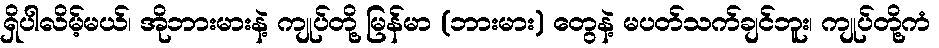
ရှိပါလိမ့်မယ်၊ အိုဘားမားနဲ့ ကျုပ်တို့ မြန်မာ (ဘားမား) တွေနဲ့ မပတ်သက်ချင်ဘူး၊ ကျုပ်တို့ကံ